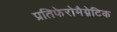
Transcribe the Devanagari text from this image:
प्रतिफेरोमैग्नेटिक